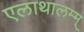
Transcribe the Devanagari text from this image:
एलाथालम्म्